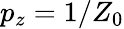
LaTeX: p_{z}=1/Z_{0}